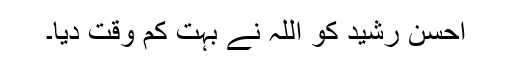
احسن رشید کو اللہ نے بہت کم وقت دیا۔